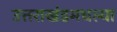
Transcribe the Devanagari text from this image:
उत्तराखंडमधल्या